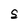
Character: S